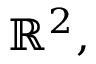
\mathbb { R } ^ { 2 } ,